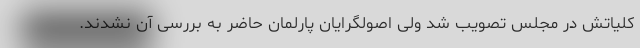
کلیاتش در مجلس تصویب شد ولی اصولگرایان پارلمان حاضر به بررسی آن نشدند.